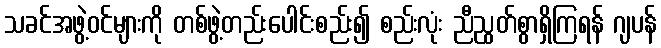
သခင်အဖွဲ့ဝင်များကို တစ်ဖွဲ့တည်းပေါင်းစည်း၍ စည်းလုံး ညီညွတ်စွာရှိကြရန် ဂျပန်